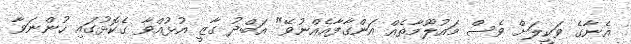
އެނާގެ ވަކީލަށް ވެސް މައުލޫމާތެއް އަންގާފާއެއްނުވޭ" އަބްދު ގާޒީ އުޅުއްވާ ގެކޮޅުގައި ހުންނަވާ